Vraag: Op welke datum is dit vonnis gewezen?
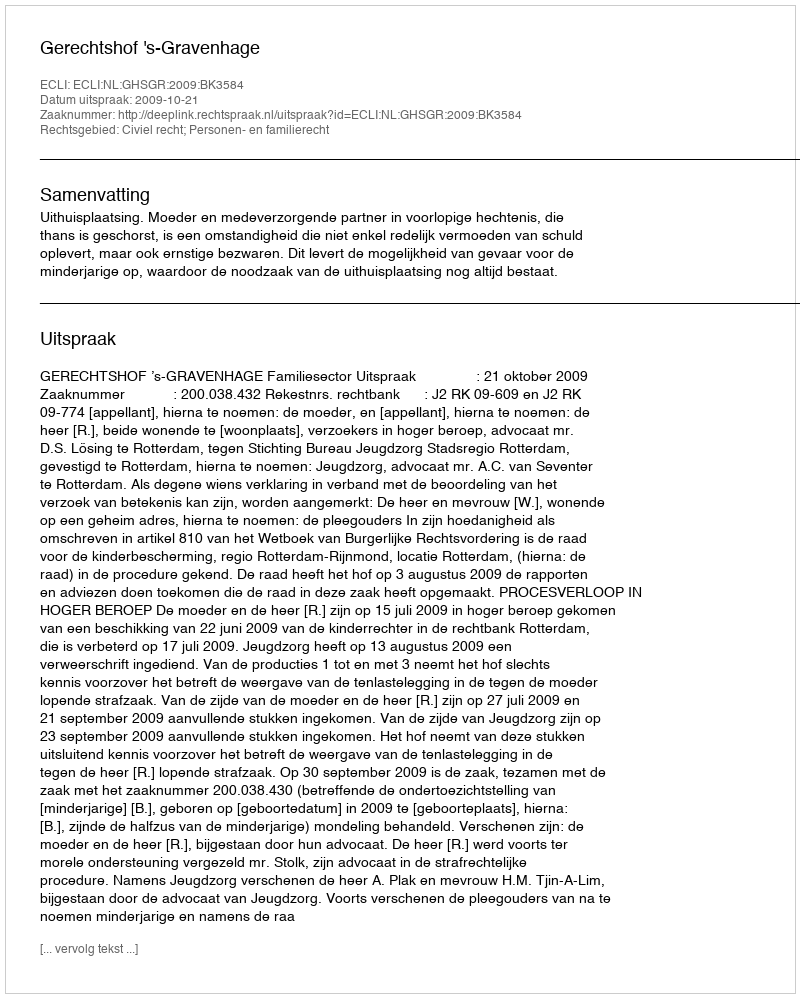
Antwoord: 2009-10-21